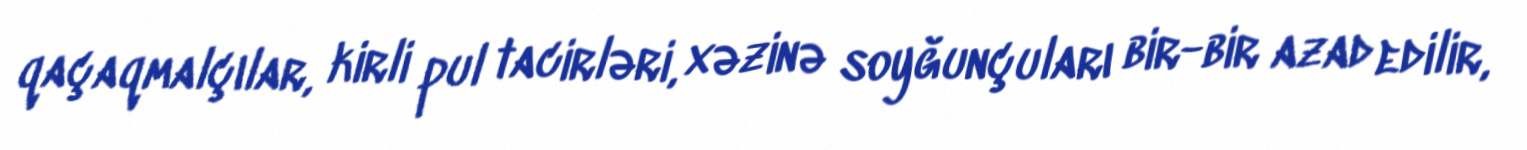
qaçaqmalçılar, kirli pul tacirləri, xəzinə soyğunçuları bir-bir azad edilir,